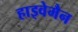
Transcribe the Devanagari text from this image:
हाइवेमैन